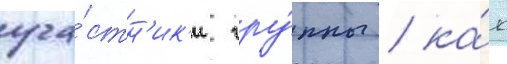
уча́стн'ик'и гру́ппы / ка́к